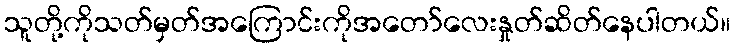
သူတို့ကိုသတ်မှတ်အကြောင်းကိုအတော်လေးနှုတ်ဆိတ်နေပါတယ်။